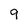
Character: 9